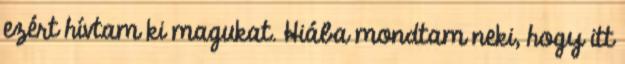
ezért hívtam ki magukat. Hiába mondtam neki, hogy itt